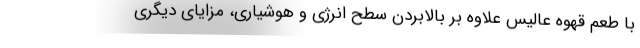
با طعم قهوه عالیس علاوه بر بالابردن سطح انرژی و هوشیاری، مزایای دیگری